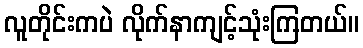
လူတိုင်းကပဲ လိုက်နာကျင့်သုံးကြတယ်။